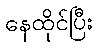
နေထိုင်ပြီး